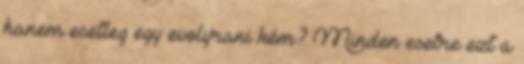
hanem esetleg egy evolyrani kém? Minden esetre ezt a